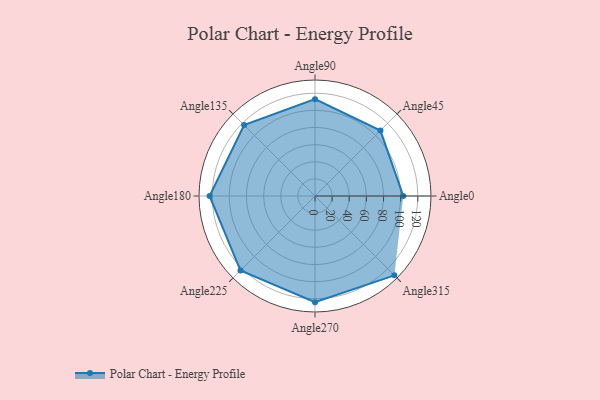
{"axis": {"x": "Angle", "y": "Radius"}, "legend": [""], "data": [{"x": "Angle0", "y": 103.0, "type": ""}, {"x": "Angle45", "y": 108.0, "type": ""}, {"x": "Angle90", "y": 113.0, "type": ""}, {"x": "Angle135", "y": 117.0, "type": ""}, {"x": "Angle180", "y": 123.0, "type": ""}, {"x": "Angle225", "y": 123.0, "type": ""}, {"x": "Angle270", "y": 124.0, "type": ""}, {"x": "Angle315", "y": 131.0, "type": ""}]}